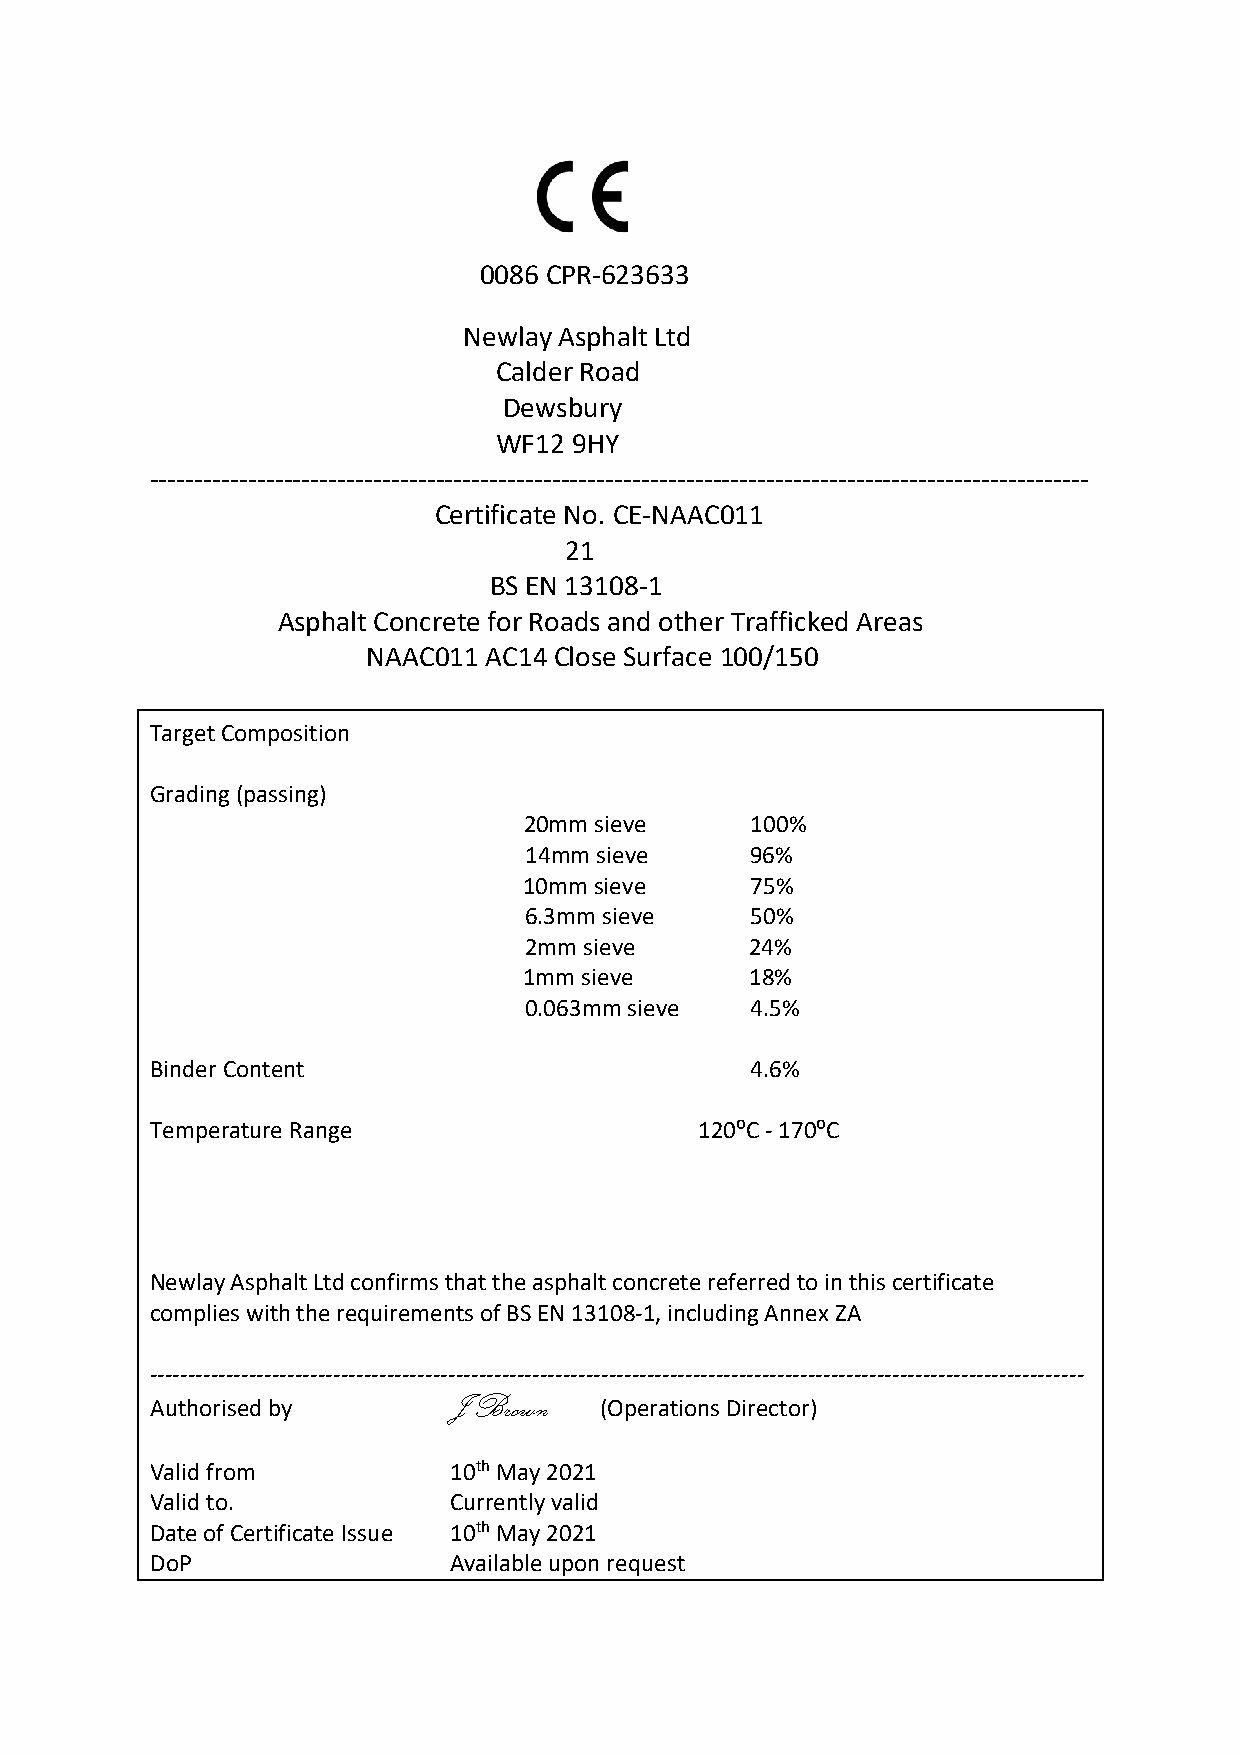
0086 CPR-623633
 Newlay Asphalt Ltd
 Calder Road
 Dewsbury
 WF12 9HY
 ---------------------------------------------------------------------------------------------------------
 Certificate No. CE-NAAC011
 21
 BS EN 13108-1
 Asphalt Concrete for Roads and other Trafficked Areas
 NAAC011 AC14 Close Surface 100/150
 Target Composition
 Grading (passing)
 20mm sieve     100%
 14mm sieve     96%
 10mm sieve     75%
 6.3mm sieve    50%
 2mm sieve      24%
 1mm sieve      18%
 0.063mm sieve  4.5%
 Binder Content                          4.6%
 Temperature Range                   120⁰C - 170⁰C
 Newlay Asphalt Ltd confirms that the asphalt concrete referred to in this certificate
 complies with the requirements of BS EN 13108-1, including Annex ZA
 --------------------------------------------------------------------------------------------------------------------------
 J Brown
 Authorised by                 (Operations Director)
 Valid from          10th May 2021
 Valid to.           Currently valid
 Date of Certificate Issue 10th May 2021
 DoP                 Available upon request